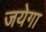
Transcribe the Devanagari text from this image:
जयेगा